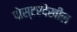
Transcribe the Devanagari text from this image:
पोस्टरदेखील